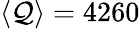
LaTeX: \langle\mathcal{Q}\rangle=4260